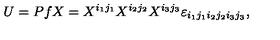
U = P f X = X ^ { i _ { 1 } j _ { 1 } } X ^ { i _ { 2 } j _ { 2 } } X ^ { i _ { 3 } j _ { 3 } } \varepsilon _ { i _ { 1 } j _ { 1 } i _ { 2 } j _ { 2 } i _ { 3 } j _ { 3 } } ,